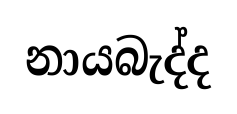
නායබැද්ද